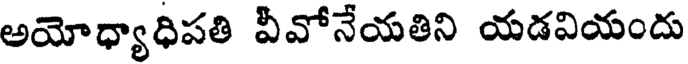
అయోధ్యాధిపతి వీవోనేయతిని యడవియందు